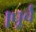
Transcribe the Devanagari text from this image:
।पूर्व